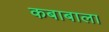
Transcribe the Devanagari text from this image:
कबाबाला